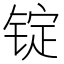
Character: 锭